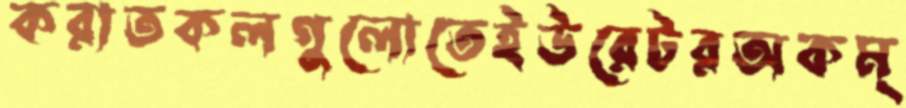
করাতকলগুলোতেইউরেটরঅকম্